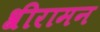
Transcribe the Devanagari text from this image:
श्रीरामन